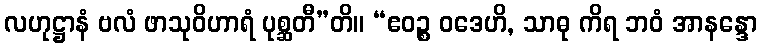
လဟုဋ္ဌာနံ ဗလံ ဖာသုဝိဟာရံ ပုစ္ဆတီ”တိ။ “ဧဝဉ္စ ဝဒေဟိ, သာဓု ကိရ ဘဝံ အာနန္ဒော